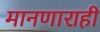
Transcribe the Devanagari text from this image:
मानणाराही